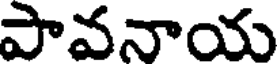
పావనాయ